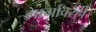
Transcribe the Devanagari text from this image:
मार्गांवरही